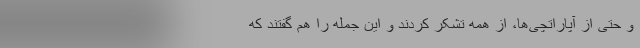
و حتی از آپاراتچی‌ها، از همه تشکر کردند و این جمله را هم گفتند که